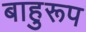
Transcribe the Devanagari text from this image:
बाहुरूप